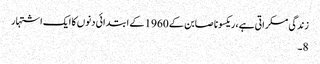
زندگی مسکراتی ہے، ریکسونا صابن کے 1960 کے ابتدائی دنوں کا ایک اشتہار
8۔